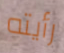
رأيته